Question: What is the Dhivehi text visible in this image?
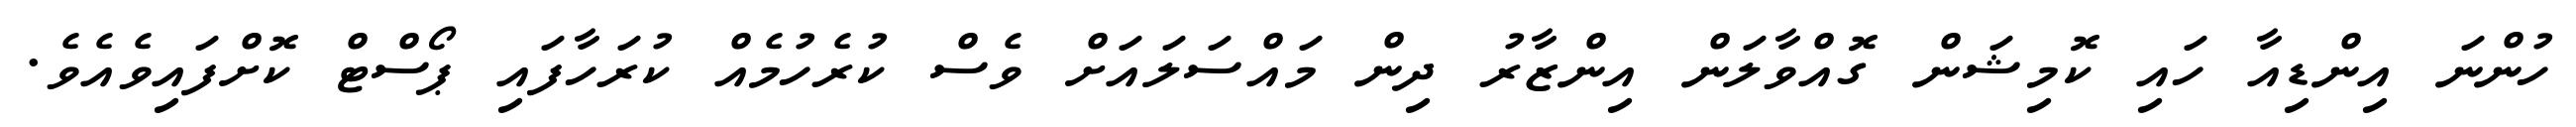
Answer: ހުންނަ އިންޑިއާ ހައި ކޮމިޝަން ގޮއްވާލަން އިންޒާރު ދިން މައްސަލައަށް ވެސް ކުރެހުމެއް ކުރަހާފައި ޕޯސްޓް ކޮށްފައިވެއެވެ.